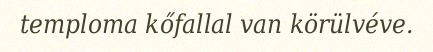
temploma kőfallal van körülvéve.